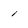
Character: 1